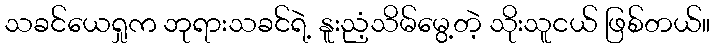
သခင်ယေရှုက ဘုရားသခင်ရဲ့ နူးညံ့သိမ်မွေ့တဲ့ သိုးသူငယ် ဖြစ်တယ်။